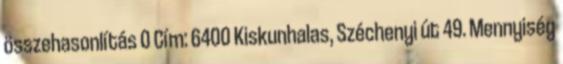
összehasonlítás 0 Cím: 6400 Kiskunhalas, Széchenyi út 49. Mennyiség